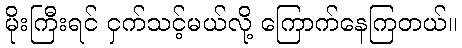
မိုးကြီးရင် ငှက်သင့်မယ်လို့ ကြောက်နေကြတယ်။